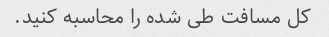
کل مسافت طی شده را محاسبه کنید.